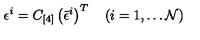
\epsilon ^ { i } = C _ { [ 4 ] } \left( { \bar { \epsilon } } ^ { i } \right) ^ { T } \quad ( i = 1 , \dots { \cal N } )